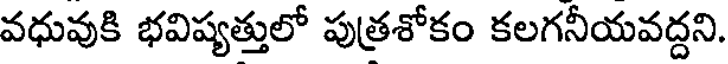
వధువుకి భవిష్యత్తులో పుత్రశోకం కలగనీయవద్దని.